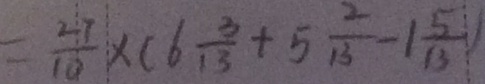
= \frac { 2 7 } { 1 0 } \times ( 6 \frac { 3 } { 1 3 } + 5 \frac { 2 } { 1 3 } - 1 \frac { 5 } { 1 3 } )